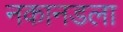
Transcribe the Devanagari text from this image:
नकानडला